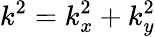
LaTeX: k^{2}=k_{x}^{2}+k_{y}^{2}